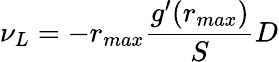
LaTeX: \nu_{L}=-r_{max}\frac{g^{\prime}(r_{max})}{S}D